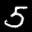
Label: 5